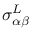
\sigma _ { \alpha \beta } ^ { L }